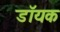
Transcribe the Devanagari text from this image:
डॉयक